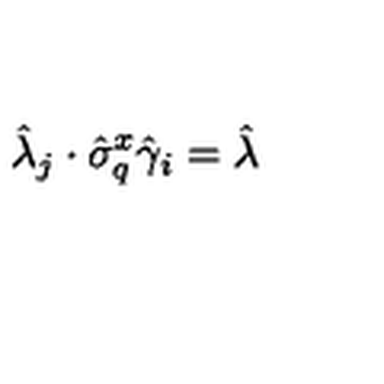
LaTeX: \hat { \lambda } _ { j } \cdot \hat { \sigma } _ { q } ^ { x } \hat { \gamma } _ { i } = \hat { \lambda }